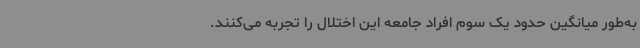
به‌طور میانگین حدود یک سوم افراد جامعه این اختلال را تجربه می‌کنند.